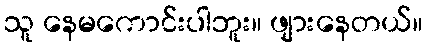
သူ နေမကောင်းပါဘူး။ ဖျားနေတယ်။